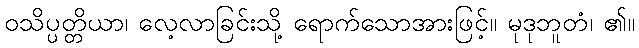
ဝသိပ္ပတ္တိယာ၊ လေ့လာခြင်းသို့ ရောက်သောအားဖြင့်။ မုဒုဘူတံ၊ ၏။